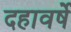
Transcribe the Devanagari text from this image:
दहावर्षे